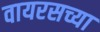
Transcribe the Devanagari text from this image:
वायरसच्या